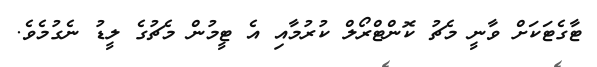
ޓާގެޓަކަށް ވާނީ މެޗު ކޮންޓްރޯލް ކުރުމާއި އެ ޓީމުން މެޗުގެ ލީޑު ނެގުމެވެ.